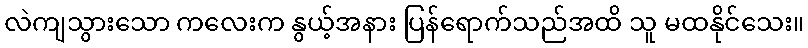
လဲကျသွားသော ကလေးက နွယ့်အနား ပြန်ရောက်သည်အထိ သူ မထနိုင်သေး။